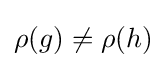
\rho (g)\neq \rho (h)